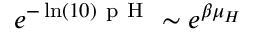
e ^ { - \ln ( 1 0 ) \mathrm { ~ p ~ H ~ } } \sim e ^ { \beta \mu _ { H } }